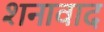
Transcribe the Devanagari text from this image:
शनावाद